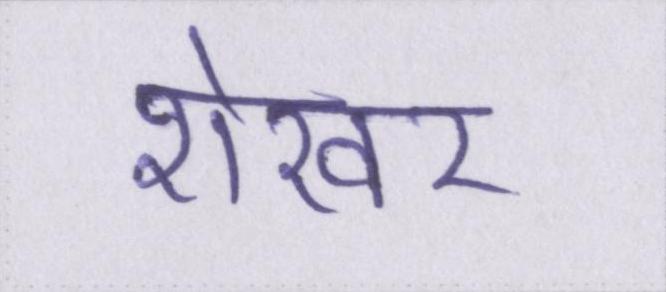
शेखर